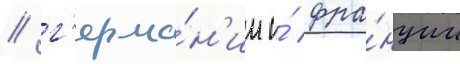
/ г'ерма́н'ии и́ фра́нции